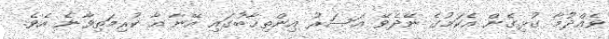
ވެއްދުމާ ގުޅިގެން އެކަމުގެ ނޭދެވޭ އަސަރު އިންތިޚާބުގައި އޭނާ އާ ކުރިމަތިވާނެ އެވެ.